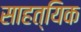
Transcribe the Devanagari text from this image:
साहत्यिक